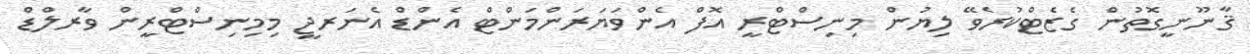
ޤާނޫނީގޮތުން ގެޒެޓްކުރެވޭ ލިޔުން މިނިސްޓްރީ އޮފް އެންވަޔަރަންމަންޓް އެންޑް އެނަރޖީ މިމިނިސްޓްރީން ވާރލްޑް